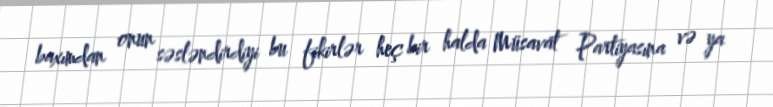
baxımdan onun səsləndirdiyi bu fikirlər heç bir halda Müsavat Partiyasına və ya